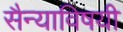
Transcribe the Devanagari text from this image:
सैन्याविषयी